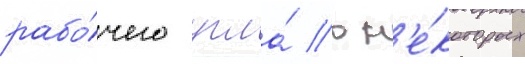
рабо́чего угла́ в н'е́которых